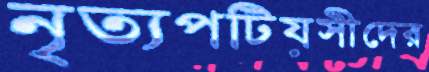
নৃত্যপটিয়সীদের